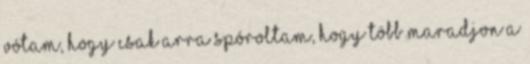
vótam, hogy csak arra spóroltam, hogy több maradjon a